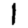
Digit: 1